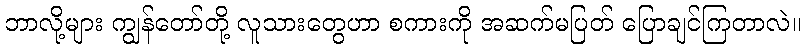
ဘာလို့များ ကျွန်တော်တို့ လူသားတွေဟာ စကားကို အဆက်မပြတ် ပြောချင်ကြတာလဲ။